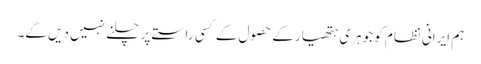
ہم ایرانی نظام کو جوہری ہتھیار کے حصول کے کسی راستے پر چلنے نہیں دیں گے۔